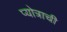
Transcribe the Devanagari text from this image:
प्योत्राची